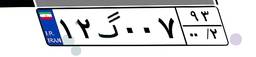
۴۰گ۴۱۳۴۸